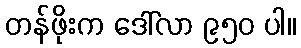
တန်ဖိုးက ဒေါ်လာ ၉၅၀ ပါ။